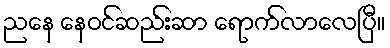
ညနေ နေဝင်ဆည်းဆာ ရောက်လာလေပြီ။